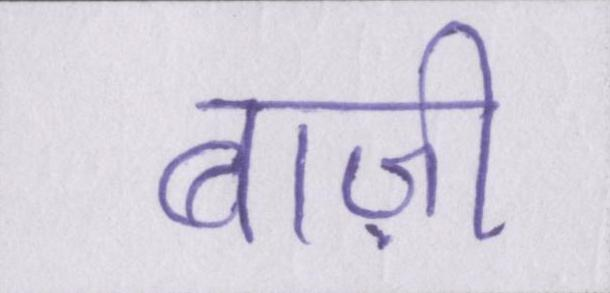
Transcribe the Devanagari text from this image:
बाज़ी